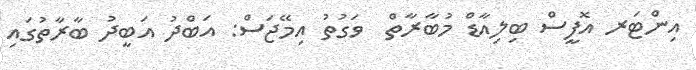
އިންޓަރ އޮފީސް ބިލިއާޑް މުބާރާތް  ވަގުތު އިމޭޖަސް: އަބްދު އަބީދު ބާރާތުގައި